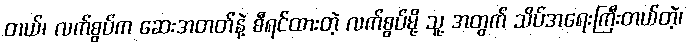
တယ်၊ လက်စွပ်က ဆေးအတတ်နဲ့ စီရင်ထားတဲ့ လက်စွပ်မို့ သူ့ အတွက် သိပ်အရေးကြီးတယ်တဲ့၊